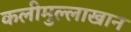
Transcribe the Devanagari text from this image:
कलीमुल्लाखान